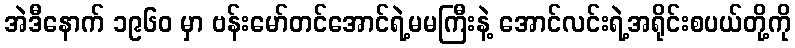
အဲဒီနောက် ၁၉၆၀ မှာ ဗန်းမော်တင်အောင်ရဲ့မမကြီးနဲ့ အောင်လင်းရဲ့အရိုင်းစပယ်တို့ကို